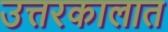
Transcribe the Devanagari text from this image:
उत्तरकालात